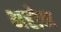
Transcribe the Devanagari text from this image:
भरोन